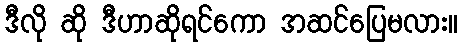
ဒီလို ဆို ဒီဟာဆိုရင်ကော အဆင်ပြေမလား။